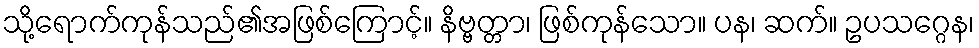
သို့ရောက်ကုန်သည်၏အဖြစ်ကြောင့်။ နိဗ္ဗတ္တာ၊ ဖြစ်ကုန်သော။ ပန၊ ဆက်။ ဥပသဂ္ဂေန၊